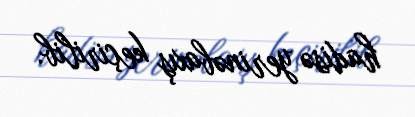
hadisə yerinəbaxış keçirilib.